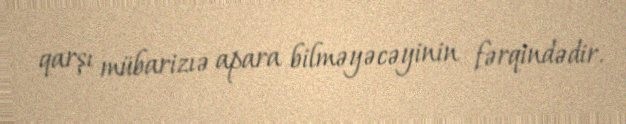
qarşı mübarizıə apara bilməyəcəyinin fərqindədir.